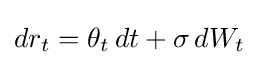
dr_{t}=\theta _{t}\,dt+\sigma \,dW_{t}